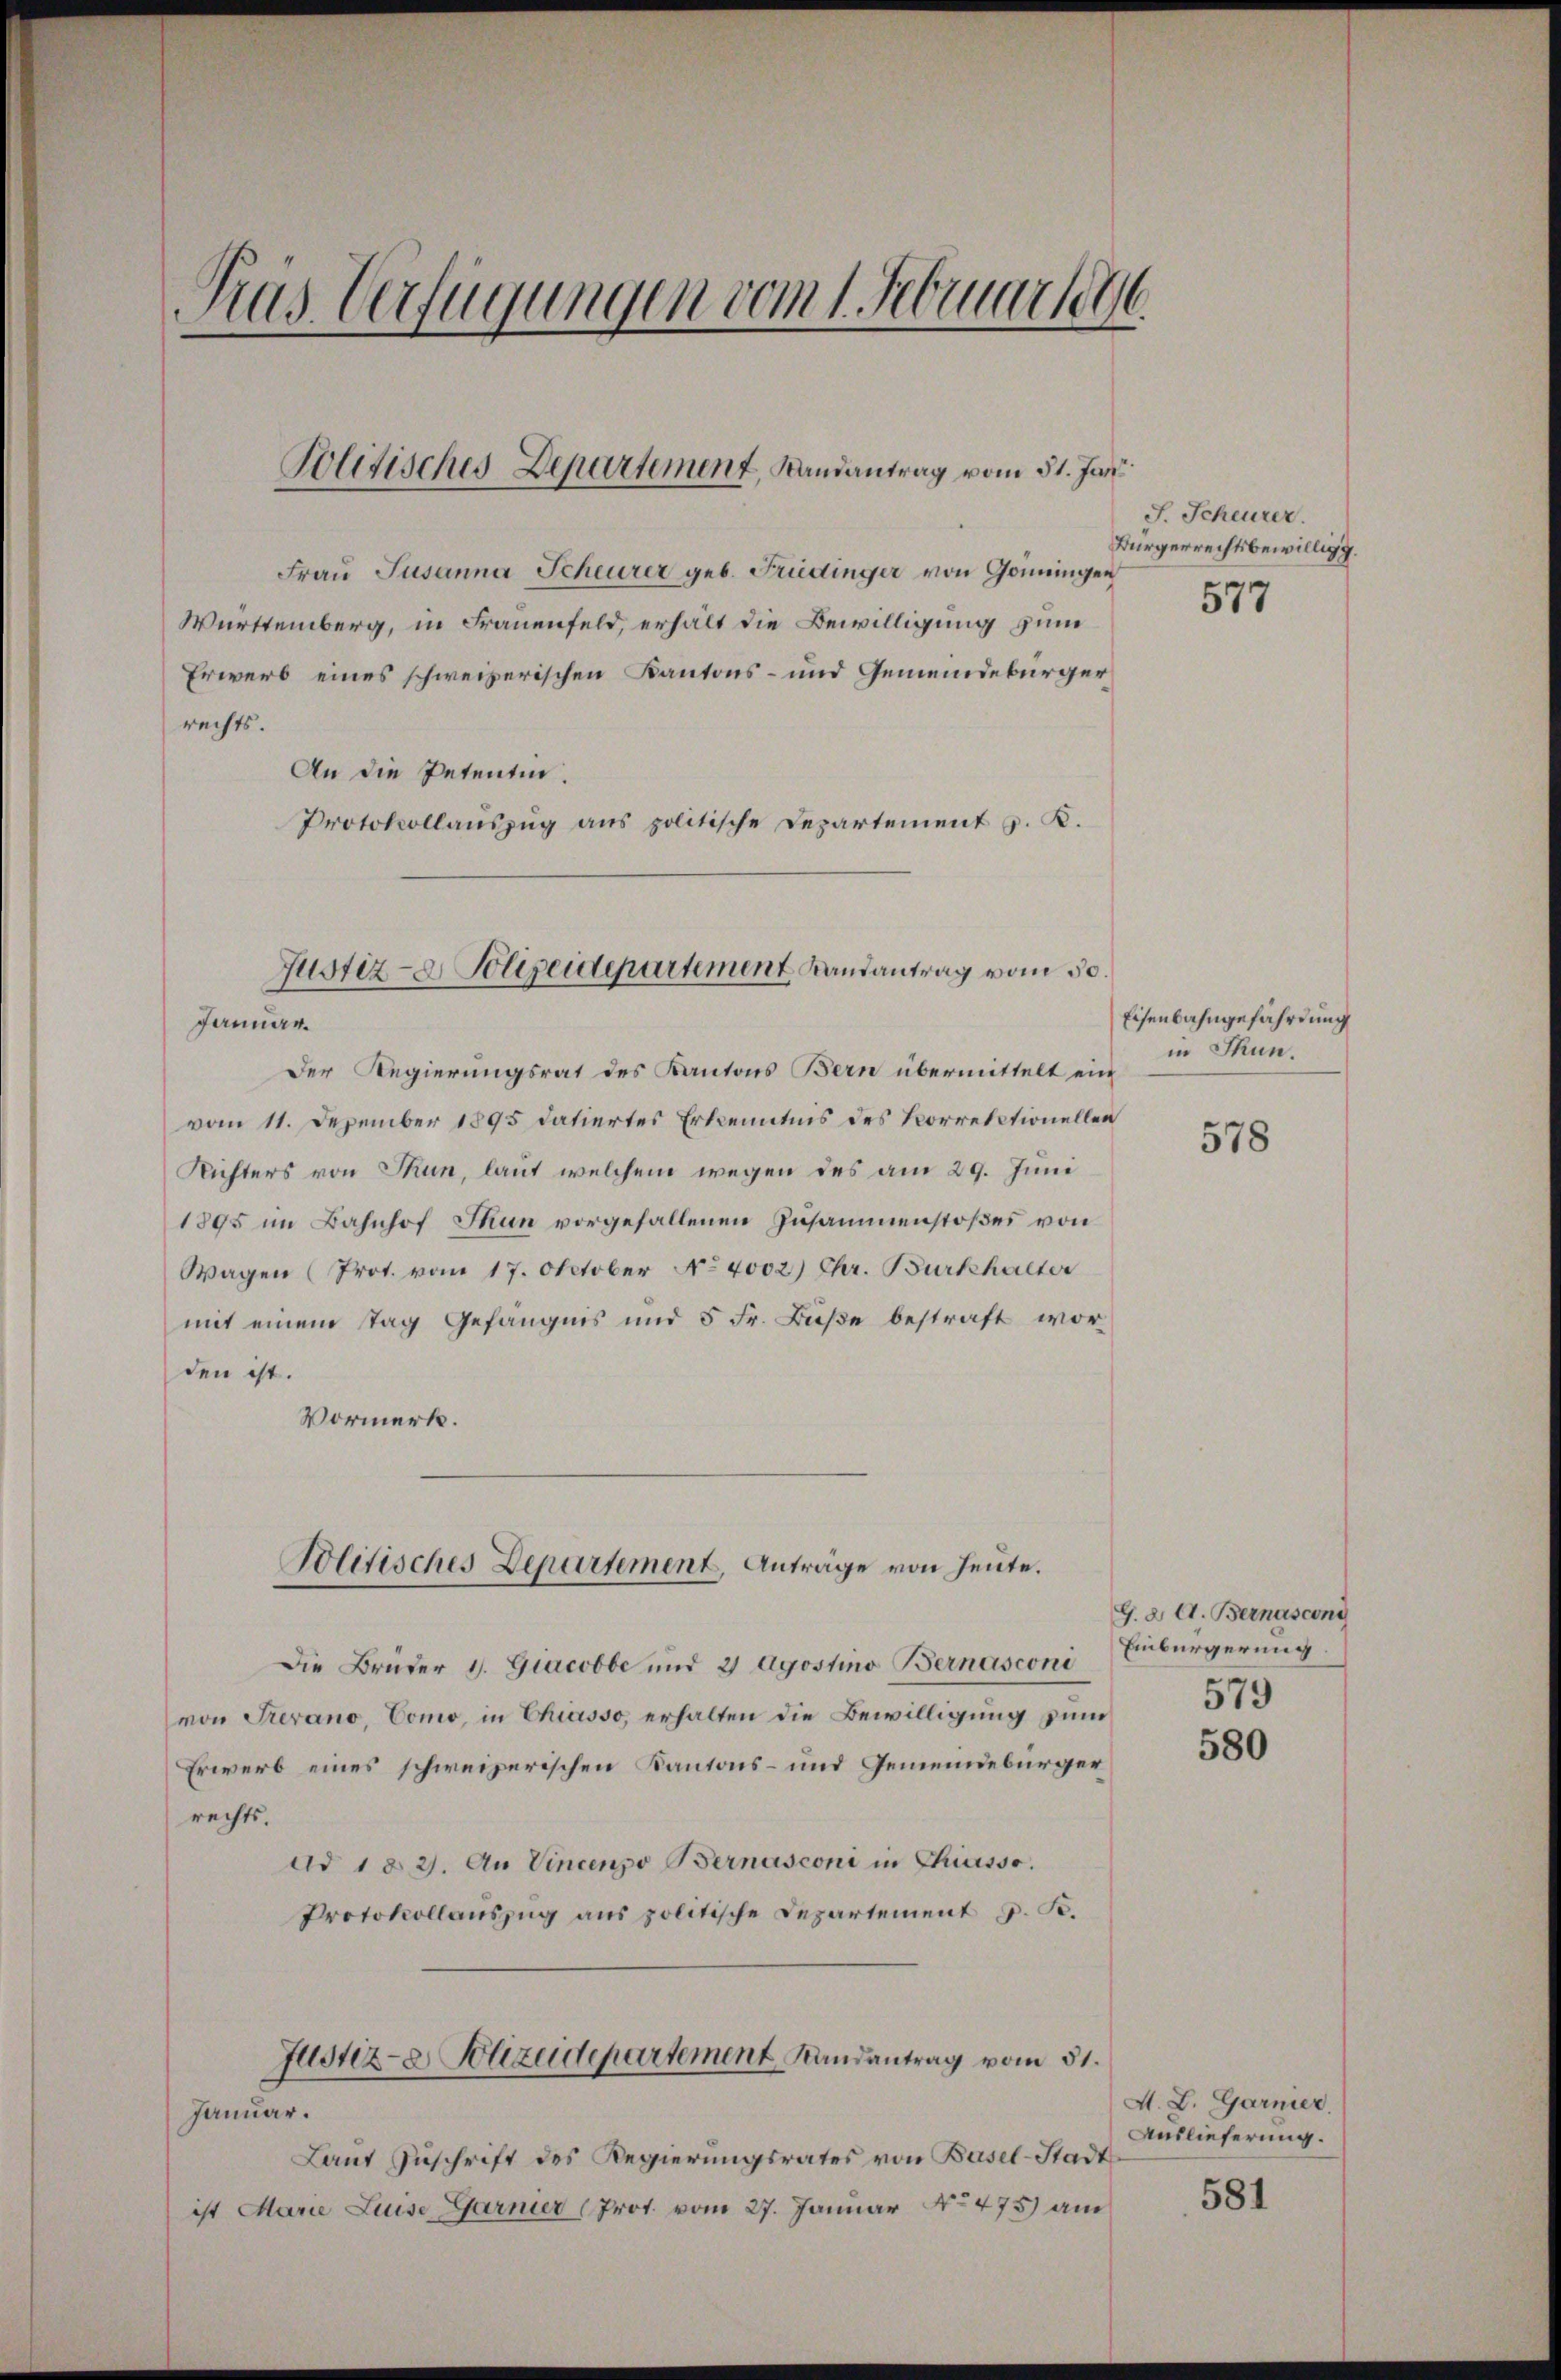
Das Verfügungen vom 1. Februar 1896

Politisches Departement, Randantrag vom 31. Jani

Frau Susanna Scheurer geb. Friedinger von Goningen
Württemberg, in Frauenfeld, erhält die Bewilligung zum
Erwerb eines schweizerischen Kantons- und Gemeindebürger
rechts.
An die Petentin.
Protokollauszug aus politische Departement v. K.

Justiz- & Polizeidepartement Landantrag vom 30.

Politisches Departement, Anträge von Heute.

Januar.
Der Regierungsrat des Kantons Bern übermittelt ein
vom 11. Dezember 1895 datiertes Erkenntnis des Korrektionellen
Richters von Thun, laut welchem wegen des am 29. Juni
1895 im Bahnhof Thun vorgefallenen Zusammenstoßes von
Wagen (Prot. vom 17. October No. 4002) Chr. Burkhalter
mit einem tag Gefängnis und 5 Fr. Buße bestraft worden ist.
Vormerk.

Die Brüder 1. Giacobbe und 2 Agostino Bernasconi
von Frevano, Como, in Chiasso, erhalten die Bewilligung sin
Erwerb eines schweizerischen Kantons- und Gemeindebürger
rechts.
ad 1 § 2. An Vincenso Bernasconi in Chiasso.
Protokollauszug aus politische Departement J. K.
Justiz- & Polizeidepartement Randantrag vom 31.
Januar.
Laut Zuschrift des Regierungsrates von Basel-Stadt
ist Marie Luise Garnier (Prot. vom 27. Januar No 475) am

J. Scheurer.
Bürgerrechtsbewilligg.

577

Eisenbahngefährdung
in Thun.

578

G. 2. A. Bernascong
Einbürgerung
579

580

A. L. Garmer.
Auslieferung.

581